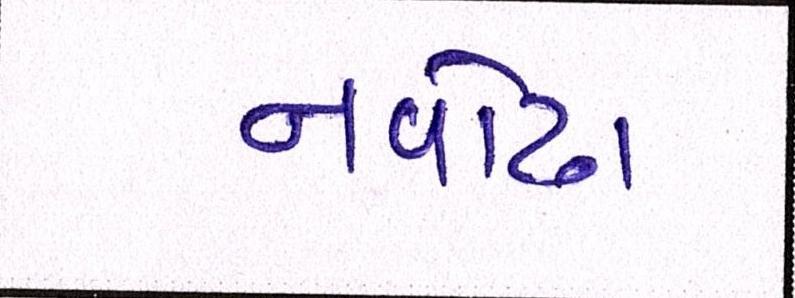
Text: નવોઢા